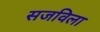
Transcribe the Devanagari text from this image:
सजविला